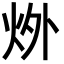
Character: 𪸟